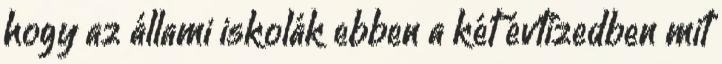
hogy az állami iskolák ebben a két évtizedben mit